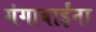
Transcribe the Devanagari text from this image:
गंगाबाईंना